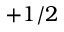
+ 1 / 2